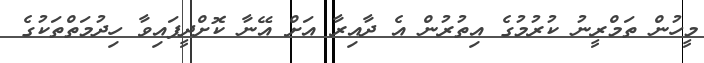
މީހުން ތަމްރީނު ކުރުމުގެ އިތުރުން އެ ދާއިރާ އަށް އޭނާ ކޮށްދީފައިވާ ހިދުމަތްތަކުގެ